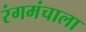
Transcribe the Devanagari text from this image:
रंगमंचाला